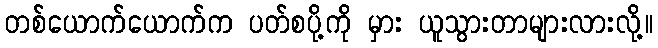
တစ်ယောက်ယောက်က ပတ်စပို့ကို မှား ယူသွားတာများလားလို့။